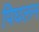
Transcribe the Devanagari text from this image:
पिघलन